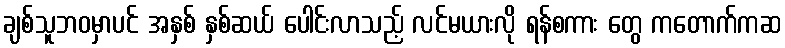
ချစ်သူဘဝမှာပင် အနှစ် နှစ်ဆယ် ပေါင်းလာသည့် လင်မယားလို ရန်စကား တွေ ကတောက်ကဆ